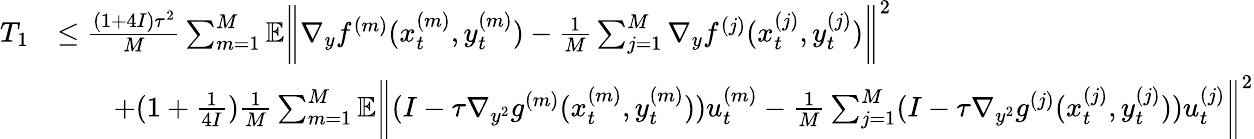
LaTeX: \begin{array}{rl}{T_{1}}&{\leq\frac{(1+4I)\tau^{2}}{M}\sum_{m=1}^{M}\mathbb{E}\bigg\| \nabla_{y}f^{(m)}(x_{t}^{(m)},y_{t}^{(m)})-\frac{1}{M}\sum_{j=1}^{M}\nabla_{y}f^{(j)}(x_{t}^{(j)},y_{t}^{(j)})\bigg\| ^{2}}\\ &{\qquad+(1+\frac{1}{4I})\frac{1}{M}\sum_{m=1}^{M}\mathbb{E}\bigg\| (I-\tau\nabla_{y^{2}}g^{(m)}(x_{t}^{(m)},y_{t}^{(m)}))u_{t}^{(m)}-\frac{1}{M}\sum_{j=1}^{M}(I-\tau\nabla_{y^{2}}g^{(j)}(x_{t}^{(j)},y_{t}^{(j)}))u_{t}^{(j)}\bigg\| ^{2}}\end{array}